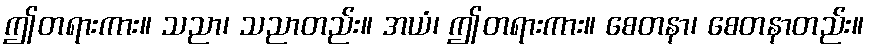
ဤတရားကား။ သညာ၊ သညာတည်း။ အယံ၊ ဤတရားကား။ စေတနာ၊ စေတနာတည်း။